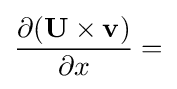
{\frac {\partial (\mathbf {U} \times \mathbf {v} )}{\partial x}}=